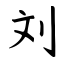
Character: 刘